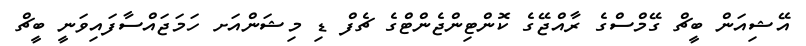
އޭޝިއަން ބީޗް ގޭމްސްގެ ރާއްޖޭގެ ކޮންޓިންޖެންޓްގެ ޗެފް ޑި މިޝަންއަށ ހަމަޖައްސާފައިވަނީ ބީޗް